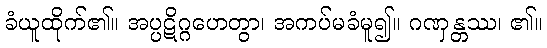
ခံယူထိုက်၏။ အပ္ပဋိဂ္ဂဟေတွာ၊ အကပ်မခံမူ၍။ ဂဏှန္တဿ၊ ၏။